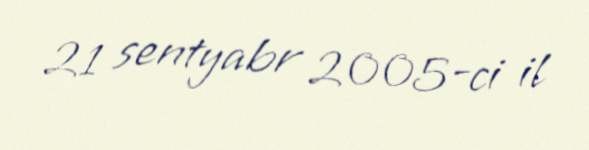
21 sentyabr 2005-ci il